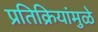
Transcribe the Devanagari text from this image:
प्रतिक्रियांमुळे